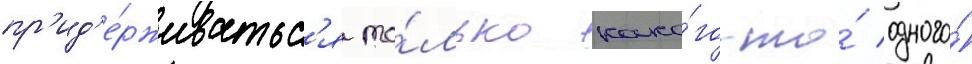
пр'ид'е́рживатьс'я то́лько како́го-то́ одного́